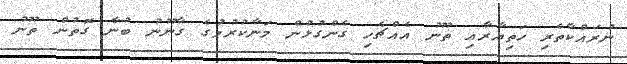
ނުރައްކާތެރި ހަތިޔާރާއި ތޫނު އެއްޗެހި ގެންގުޅުން މަނާކުރުމުގެ ގާނޫނު ބުނާ ގޮތުން ތޫނު